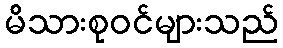
မိသားစုဝင်များသည်